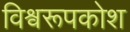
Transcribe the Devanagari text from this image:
विश्वरूपकोश